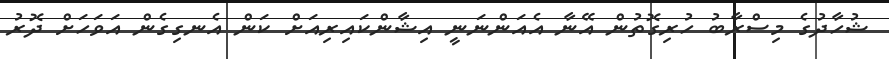
ޝުހާދުގެ މިސްރާބު ހުރިގޮތުން އޭނާ އެއަންނަނީ އިޝާންކައިރިއަށް ކަން އެނގިގެން އަވަހަށް ދޮރު